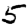
Digit: 5